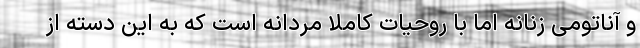
و آناتومی زنانه اما با روحیات کاملا مردانه است که به این دسته از